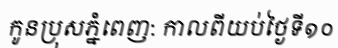
កូនប្រុសភ្នំពេញ: កាលពីយប់ថ្ងៃទី១០